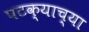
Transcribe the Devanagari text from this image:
पटक्याच्या